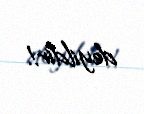
deyildir!.